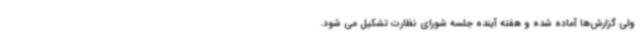
ولی گزارش‌ها آماده شده و هفته آینده جلسه شورای نظارت تشکیل می شود.